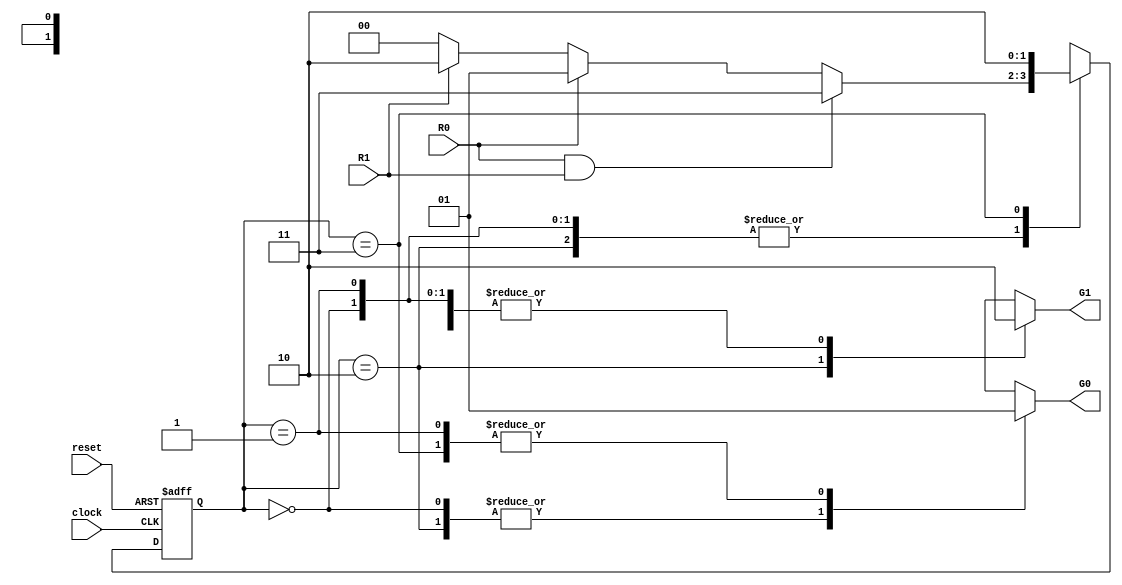
module RequestQueue ( clock, reset, R0, R1, G0, G1);
input clock;
input reset;
input R0;
input R1;
output G0, G1;
parameter [1:0] //enum states
s0=2'b00,
s1=2'b01,
s2=2'b10,
s3=2'b11;

reg [1:0] current_state, next_state;
reg G0, G1;

/*---------sequen al logic------*/
always@ ( posedge clock or negedge reset)
if(!reset ) current_state <= s0;
else current_state <= next_state;
/*next state logic and output logic combined so as to share state decode logic*/
always@ (current_state or R1 or R0)
begin
G0=0; G1=0; /*defaults to prevent latches*/
case (current_state) // Synopsys full_case parallel_case
s0: begin
G0=0; G1=0;
if ( R0 && R1) next_state = s3;
else if(R0) next_state = s1;
else if(R1) next_state = s2;
else next_state = s0;
end
s1: begin
G0=1; G1=0;
if ( R0 && R1) next_state = s3;
else if(R0) next_state = s1;
else if(R1) next_state = s2;
else next_state = s0;
end
s2: begin
G0=0; G1=1;
if ( R0 && R1) next_state = s3;
else if(R0) next_state = s1;
else if(R1) next_state = s2;
else next_state = s0;
end
s3: begin
G0=1; G1=0;
next_state = s2;
end
default : next_state = s0;
endcase
end
endmodule